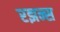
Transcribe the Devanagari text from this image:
रझन्स